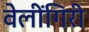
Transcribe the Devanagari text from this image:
वेलींगिरी